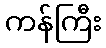
ကန်ကြီး